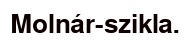
Molnár-szikla.